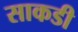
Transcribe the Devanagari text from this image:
साकडी